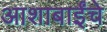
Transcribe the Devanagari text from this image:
आशाबाईंचे